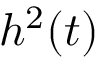
h ^ { 2 } ( t )